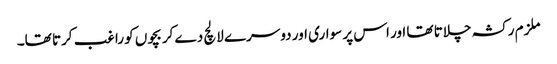
ملزم رکشہ چلاتا تھا اور اس پر سواری اور دوسرے لالچ دے کر بچوں کو راغب کرتا تھا۔